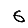
Digit: 6